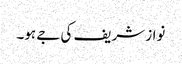
نواز شریف کی جے ہو۔